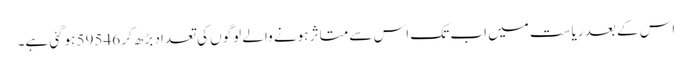
اس کے بعد ریاست میں اب تک اس سے متاثر ہونے والے لوگوں کی تعداد بڑھ کر 59546 ہوگئی ہے۔